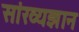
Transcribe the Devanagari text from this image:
सांख्यज्ञान